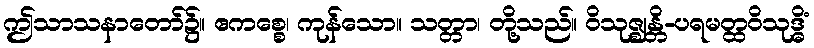
ဤသာသနာတော်၌။ ဧကစ္စေ၊ ကုန်သော။ သတ္တာ၊ တို့သည်။ ဝိသုဇ္ဈန္တိ-ပရမတ္ထဝိသုဒ္ဓိံ